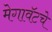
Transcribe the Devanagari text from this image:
मेगावॅटचे